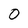
Character: 0